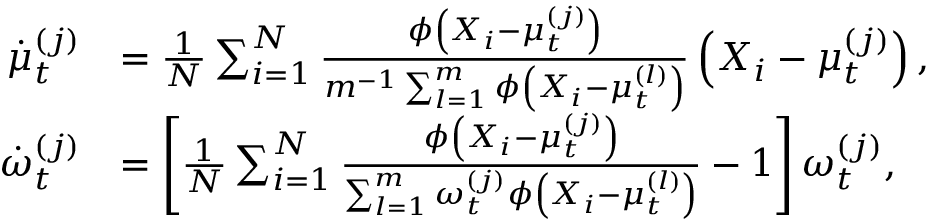
\begin{array} { r l } { \dot { \mu } _ { t } ^ { ( j ) } } & { = \frac { 1 } { N } \sum _ { i = 1 } ^ { N } \frac { \phi \left( X _ { i } - \mu _ { t } ^ { ( j ) } \right) } { m ^ { - 1 } \sum _ { l = 1 } ^ { m } \phi \left( X _ { i } - \mu _ { t } ^ { ( l ) } \right) } \left( X _ { i } - \mu _ { t } ^ { ( j ) } \right) , } \\ { \dot { \omega } _ { t } ^ { ( j ) } } & { = \left[ \frac { 1 } { N } \sum _ { i = 1 } ^ { N } \frac { \phi \left( X _ { i } - \mu _ { t } ^ { ( j ) } \right) } { \sum _ { l = 1 } ^ { m } \omega _ { t } ^ { ( j ) } \phi \left( X _ { i } - \mu _ { t } ^ { ( l ) } \right) } - 1 \right] \omega _ { t } ^ { ( j ) } , } \end{array}